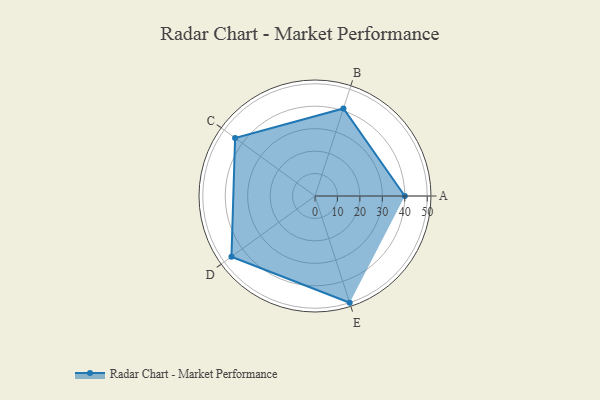
{"axis": {"x": "Skill", "y": "Score"}, "legend": ["Profile"], "data": [{"x": "A", "y": 40.0, "type": "Profile"}, {"x": "B", "y": 41.0, "type": "Profile"}, {"x": "C", "y": 44.0, "type": "Profile"}, {"x": "D", "y": 46.0, "type": "Profile"}, {"x": "E", "y": 50.0, "type": "Profile"}]}